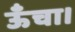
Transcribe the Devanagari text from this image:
ऊँचा।